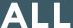
ALL